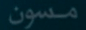
مسون